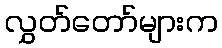
လွှတ်တော်များက